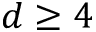
d \geq 4